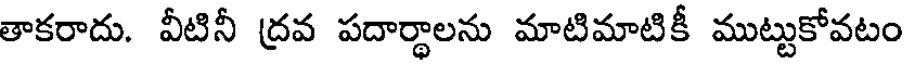
తాకరాదు. వీటినీ ద్రవ పదార్థాలను మాటిమాటికీ ముట్టుకోవటం